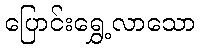
ပြောင်းရွှေ့လာသော